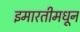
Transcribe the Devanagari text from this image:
इमारतीमधून